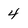
Character: 4